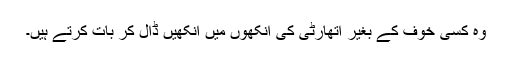
وہ کسی خوف کے بغیر اتھارٹی کی آنکھوں میں آنکھیں ڈال کر بات کرتے ہیں۔